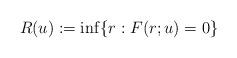
LaTeX: \begin{align*}R(u):= \inf\{r: F(r;u)=0\} \end{align*}